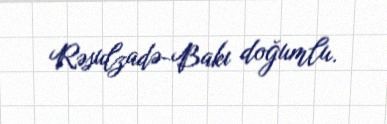
Rəsulzadə-Bakı doğumlu.